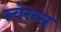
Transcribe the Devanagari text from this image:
ल्वेरन्स